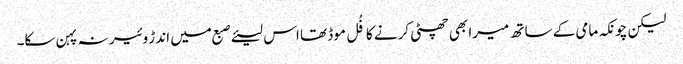
لیکن چونکہ مامی کے ساتھ میرا بھی چھٹی کرنے کا فُل موڈ تھا اس لیئے صبع میں اندڑ وئیر نہ پہن سکا۔